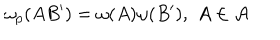
\omega _ { p } ( A B ^ { \prime } ) = \omega ( A ) \omega ( B ^ { \prime } ) , \, \, A \in \mathcal { A }